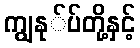
ကျွနု်ပ်တို့နှင့်